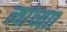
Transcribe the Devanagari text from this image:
त्यांच्याा